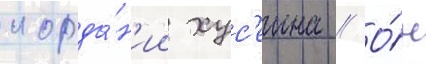
иорда́н'ии хус'еина // О́н